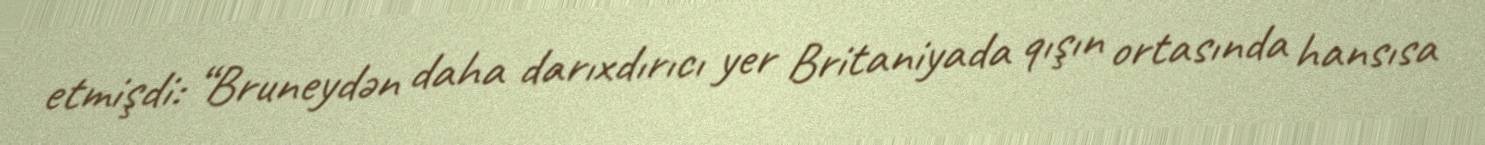
etmişdi: “Bruneydən daha darıxdırıcı yer Britaniyada qışın ortasında hansısa